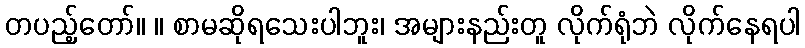
တပည့်တော်။ ။ စာမဆိုရသေးပါဘူး၊ အများနည်းတူ လိုက်ရုံဘဲ လိုက်နေရပါ